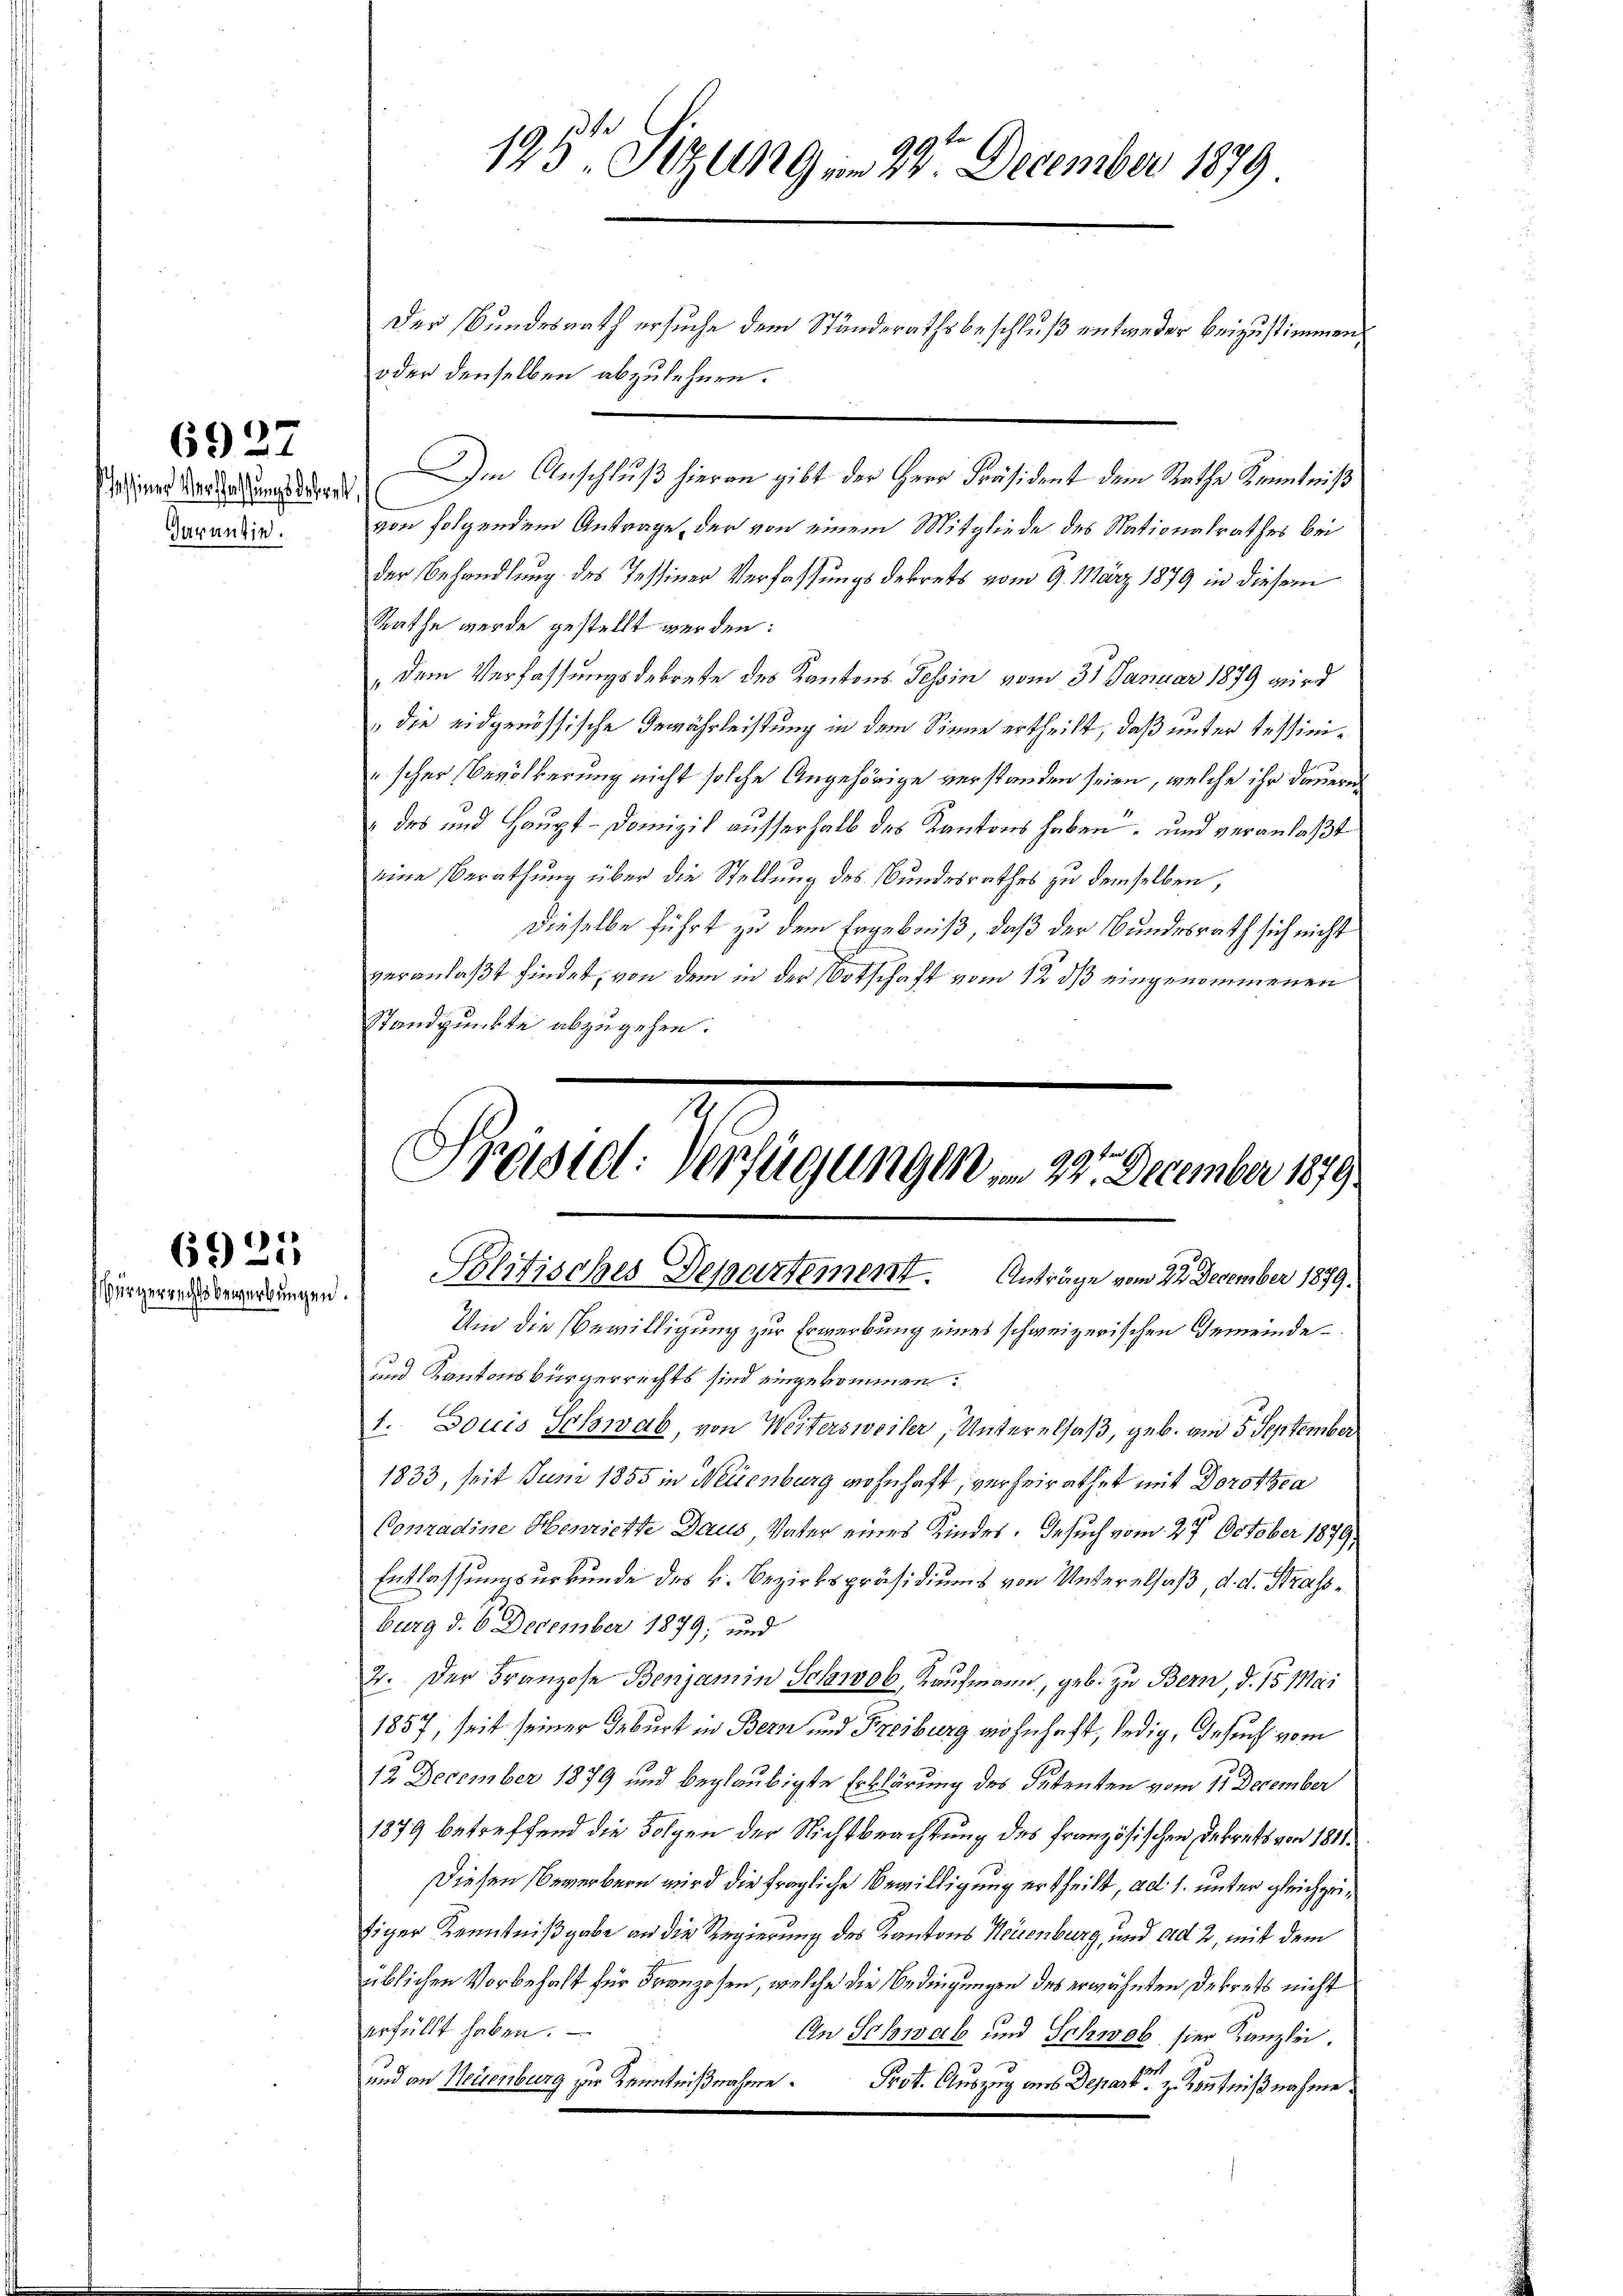
seiner Verschaffungsdekret,
Garantin.

6927

6925
Bürgerrechtsbewerbungen.

Im Anschluß hieran gibt der Herr Präsident dem Rathe Kenntniß
von folgendem Antrage, der von einem Mitgliede des Nationalrathes bei
der Behandlung des Tessiner Verfassungsdekrets vom 9. März 1879 in diesem
Rathe werde gestellt werden:
" dem Verfassungsdekrete des Kantons Tessin vom 31 Januar 1879 wird
"die eidgenössische Gewährleistung in dem Sinne ertheilt, daß unter Sessinischer Bevölkerung nicht solche Angehörige verstanden seien, welche ihr dauern
„des und Haupt-Domizil ausserhalb des Kantons haben, und veranlaßt
eine Berathung über die Stellung des Bundesrathes zu demselben,
dieselbe führt zu dem Ergebniß, daß der Bundesrath sich nicht
veranlaßt findet, von dem in der Ortschaft vom 12 ds eingenommenen
Standpunkte abzugehen.

3kr
193 Sizung am 24. December 1879
Der Bundesrath ersuche dem Ständerathsbeschluß entweder beizustimmen,
oder denselben abzulehnen.

Präsidl: Verfügungen am 22. December 1879.
Politisches Departement. Anträge vom 22. December 1889.
Um die Bewilligung zur Erwarbung eines schweizerischen Gemeinde¬

und Kantonsbürgerrechts sind eingekommen.
1. Louis Schwab, von Weitersweiler, Unterelsaß, geb. am 5. September
1833, seit Juni 1855 in Neuenburg wohnhaft, verheirathet mit Dorothea
Conradine Henrichte Daus Vater eines Kindes. Gesuch vom 27. October 1879;
Entlassungsurkunde des k. Bezirkspräsidiums von Unterelsaß, d. d. Strassburg d. 6. December 1879; und
2. Der Franzose Benjamin Schwvob, Kaufmann, geb. zu Bern, d. 15 Mai
1857, seit seiner Geburt in Bern und Freiburg wohnhaft, ledig, Gesucht vom
12 December 1879 und beglaubigte Erklärung des Petenten vom 11. December
1879 betreffend die Folgen der Nichtbeachtung des französischen Dekrets von 1811.
Diesen Bewerbern wird die fragliche Bewilligung ertheilt, ad 1. unter gleichzeitiger Kenntnißgabe an die Regierung des Kantons Neuenburg, und ad 2, mit dem
üblichen Vorbehalt für Franzosen, welche die Bedingungen des erwähnten Dekrets nicht
erfüllt haben.
An Schwab und Schwol hier Kanzlei.
und an Neuenburg zur Kenntnißnahme Prot. Auszug aus Depart zu Kenntnißnahme.